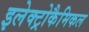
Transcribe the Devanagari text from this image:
इलेक्ट्रोकैमिकल